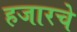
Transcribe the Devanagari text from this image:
हजारचे